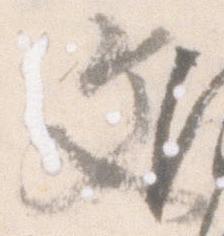
文